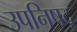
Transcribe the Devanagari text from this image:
उपनिषद्‍